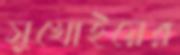
সুখোইয়ের